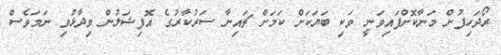
ރޯދަހިފުން މަނާކޮށްފައިވަނީ ވަކި ބަޔަކަށް ކަމަށް ޗައިނާ ސަރުކާރުގެ އޮފިޝަލުން ވިދާޅުވި ނަމަވެސް